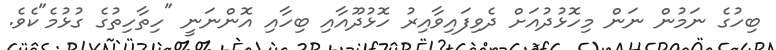
ބިހުގެ ނަމުން ނަން މިހޮޅުދުއަށް ދެވިފައިވާއިރު ހޮޅުދޫއާއި ބިހާއި އޮންނަނީ "ހިތާހިތުގެ ގުޅުމެ"ކެވެެ.